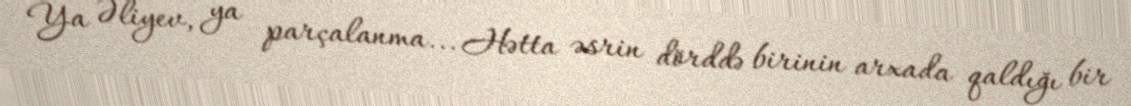
Ya Əliyev, ya parçalanma... Hətta əsrin dörddə birinin arxada qaldığı bir